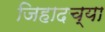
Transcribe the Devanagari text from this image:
जिहादच्या